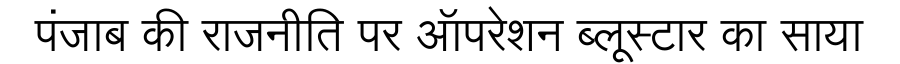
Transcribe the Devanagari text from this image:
पंजाब की राजनीति पर ऑपरेशन ब्लूस्टार का साया